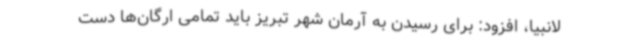
لانبیا، افزود: برای رسیدن به آرمان شهر تبریز باید تمامی ارگان‌ها دست